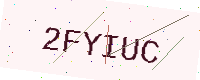
Text: 2FYIUC